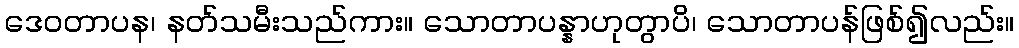
ဒေဝတာပန၊ နတ်သမီးသည်ကား။ သောတာပန္နာဟုတွာပိ၊ သောတာပန်ဖြစ်၍လည်း။